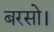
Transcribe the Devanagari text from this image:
बरसो।